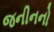
જનીનનો